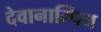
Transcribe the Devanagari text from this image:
देवानाम्पिय